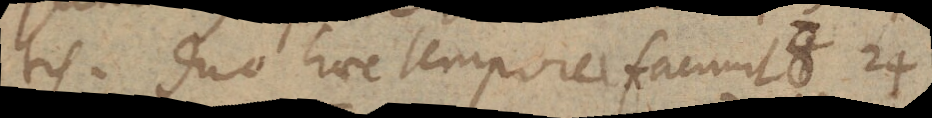
tis. Duo haec tempora faciunt 8 24